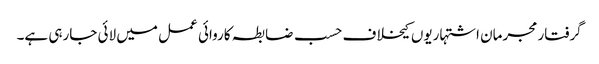
گرفتار مجرمان اشتہاریوں کیخلاف حسب ضابطہ کاروائی عمل میں لائی جارہی ہے۔